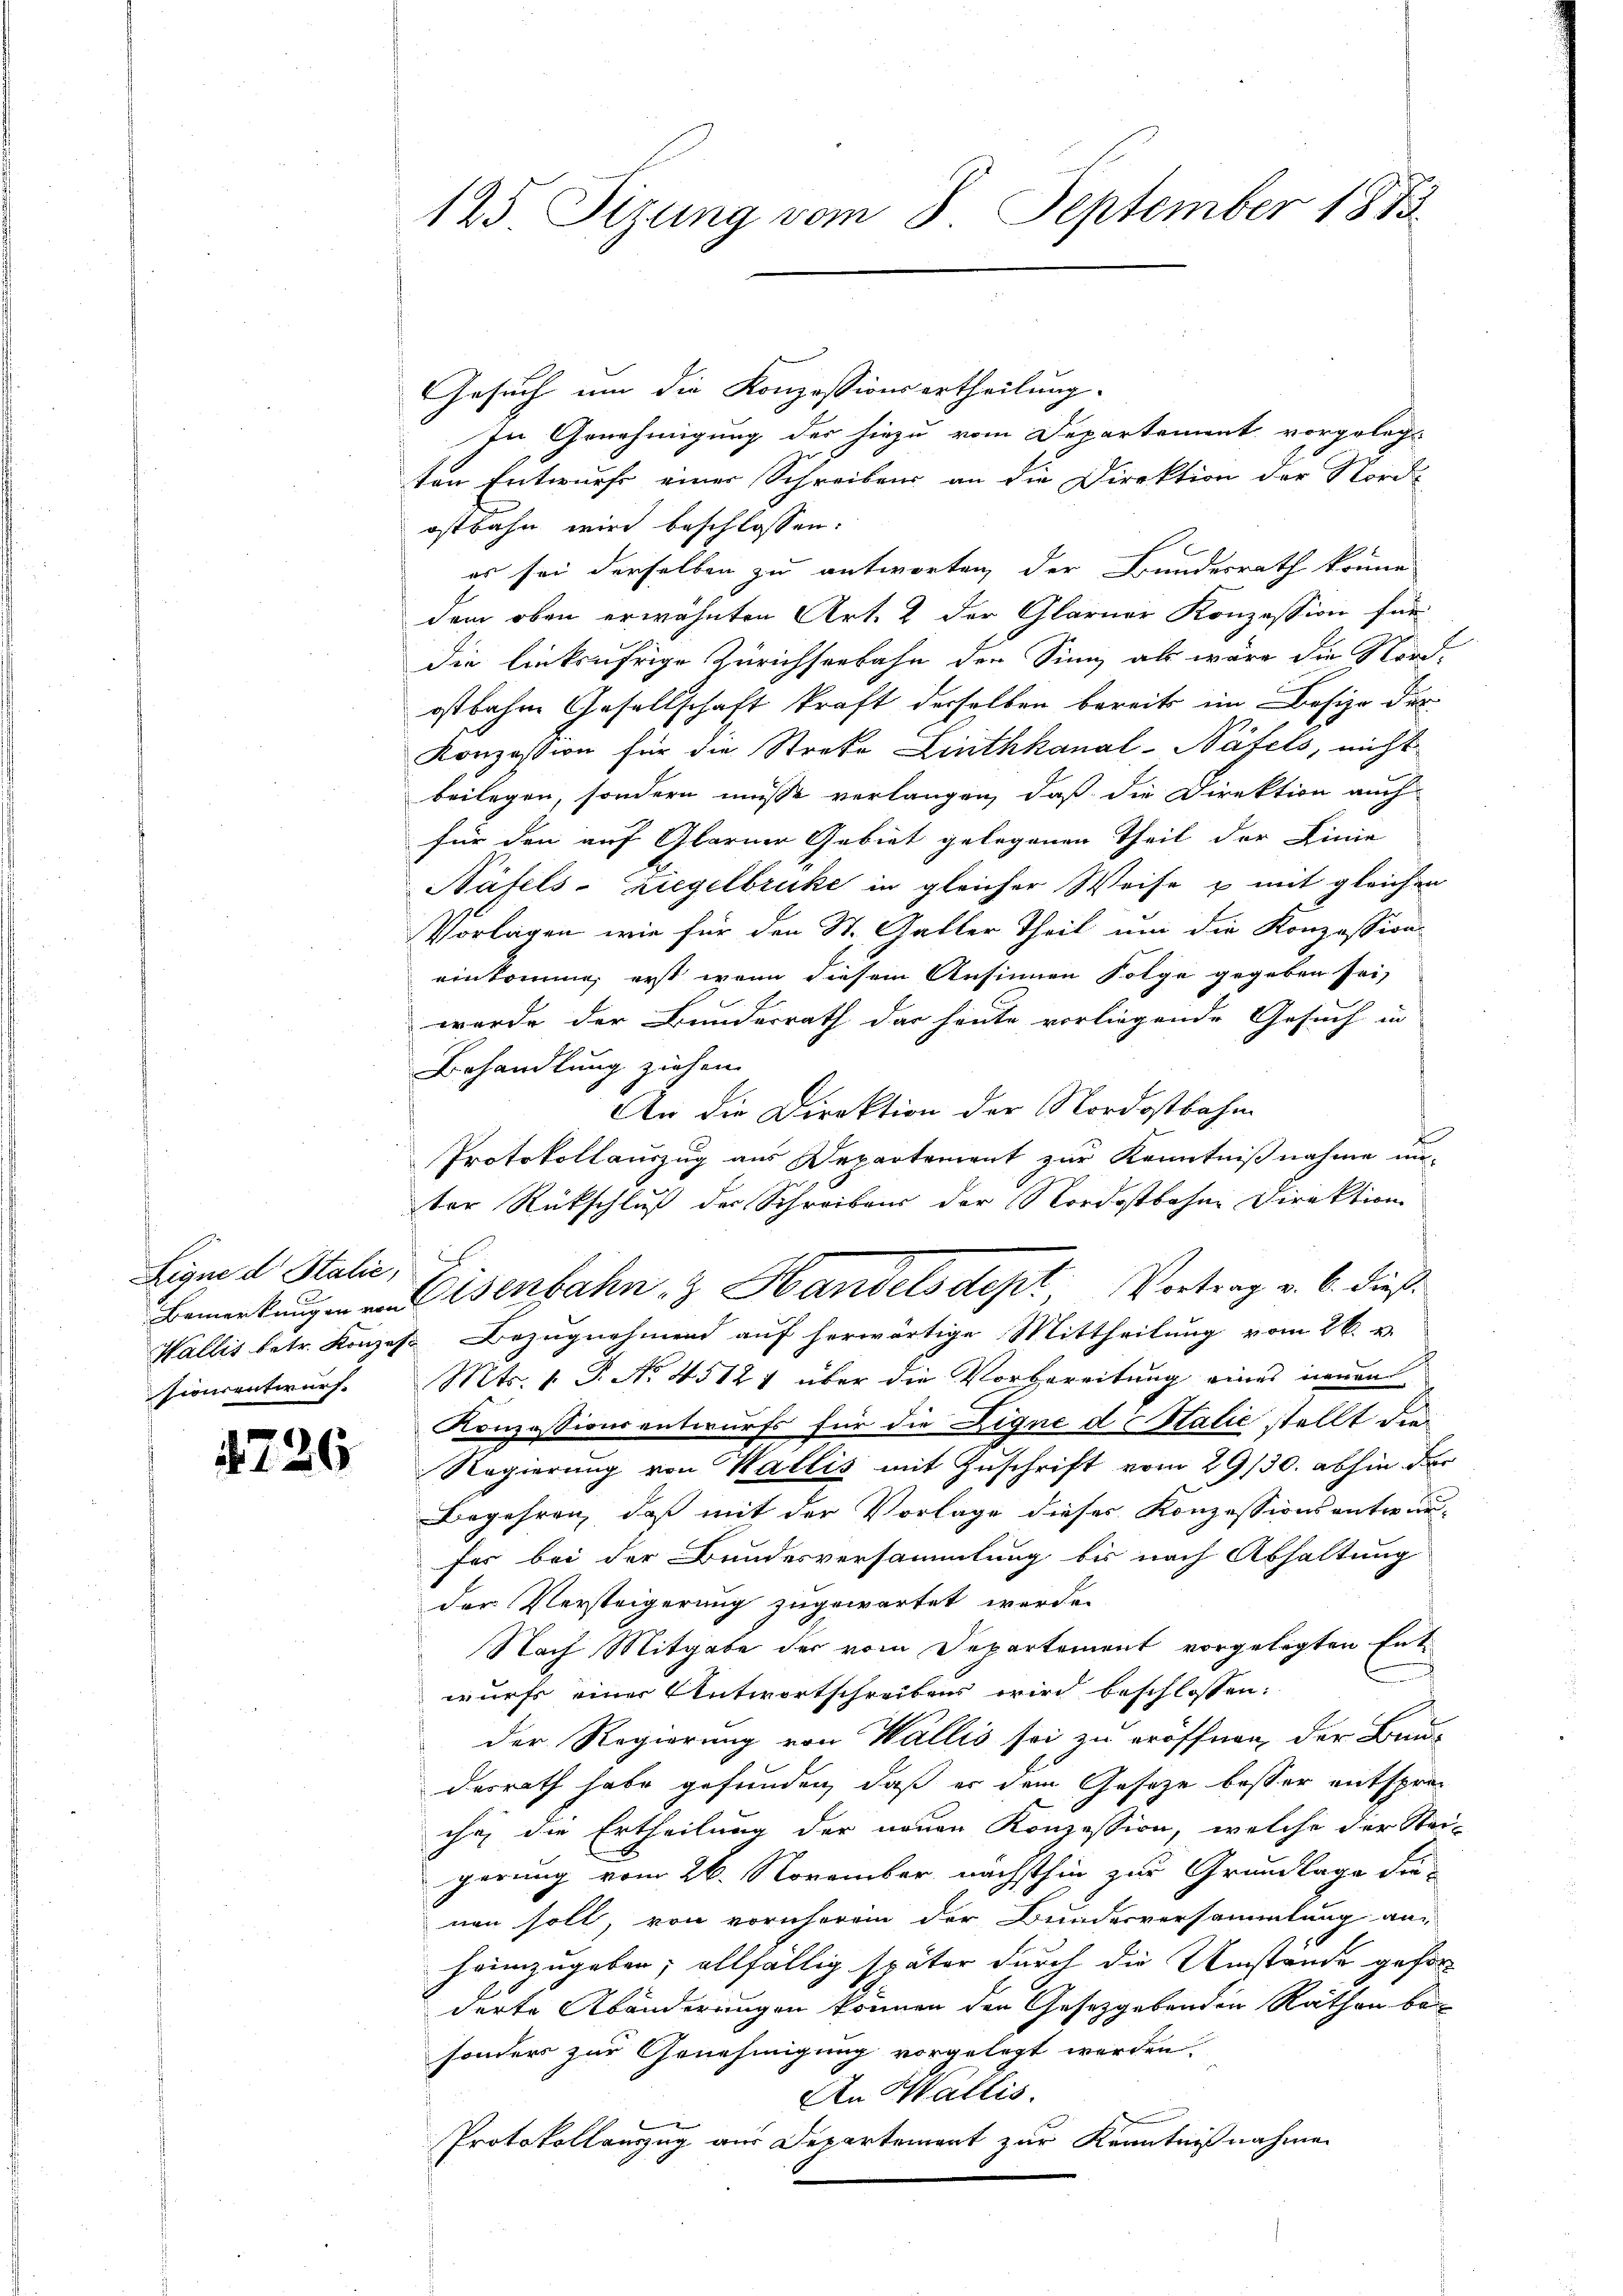
Eigne dr Stalie,

e
 126

125 Sizung vom 8. September 1883

Gesuch um die Konzessionsertheilung.
In Genehmigung der hiezu vom Departement vorgelegt
ten Entwurfe einer Schreibens an die Direktion der Nord-
ostbahn wird beschlossen:
es sei derselben zu antworten, der Bundesrath könne
dem oben erwähnten Art. 2 der Glarner Konzession für
die linksufrige Zürichserbahn der Sinng als wäre die Nord-
ostbahne Gesellschaft kraft derselben bereits im Besize des
Konzession für die Streke Linthkanal-Näfels, nicht
beilegen, sondern müsse verlangen, daß die Direktion auch
für den auf Glarner Gebiet gelegenen Theil der Linie
Näfels-Ziegelbruke in gleicher Weise u mit gleichen
Vorlagen, wie für den St. Galler Theil um die Konzession
einkomme, erst, wenn diesem Ansinnen Folge gegeben sei,
wurde der Bundesrath das heute vorliegende Gesuch in |
Behandlung ziehen.
An die Direktion der Nordostbahn
t
Protokollauszug aus Departement zur Kenntnißnahme in-
ter Rückschluß der Schreibens der Nordostbahne Direktion
Bemerkung. Eisenbahn- & Handelsdept Vortrag v. 6. dieß
Wallis betr. Konzes Bezugnahmend auf herwärtige Mittheilung vom 26. v.
sionsentwurf. Mts. 1. P. No. 45121 über die Vorbereitung eines neuen
Konzessionsentwurfs für die Digne d Italie stellt die
Regierung von Wallis mit Zuschrift vom 29/30. abhin der
Begehren, daß mit der Vorlage dieses Konzessionsentwurfer bei der Bundesversammlung bis nach Abhaltung
der Versteigerung zugewartet werde.
Nach Mitgabe der vom Departement vorgelegten Ent-
wurf einer Antwortschreibens wird beschlossen:
der Regierung von Wallis sei zu eröffnen, der Bau-
desrath habe gefunden, daß er dem Gesetze besser entsprec
ihe, die Ertheilung der neuen Konzession, welche der Stei-
gerung vom 26. November nächsthin zur Grundlage die-
nen soll, von vornherein der Bundesversammlung an-
heimzugeben; allfällig später durch die Umstände geforderte Abänderungen können den Gesetzgebenden Rathen bei
sonders zur Genehmigung vorgelegt werden.
An Wallis.
Protokollauszug aus Departement zur Kenntnißnahmen